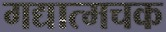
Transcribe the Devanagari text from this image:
गद्यात्मचक